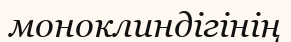
моноклиндігінің